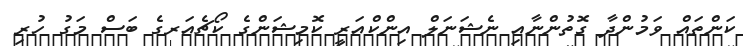
ކަންތައް ވަމުންދާ ގޮތުންނާއި ނެޝަނަލް އިންކްއަރީ ކޮމިޝަންގެ ކޯޗެއަރގެ ބަސް މަގު ހުރި